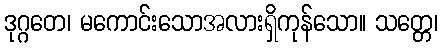
ဒုဂ္ဂတေ၊ မကောင်းသောအလားရှိကုန်သော။ သတ္တေ၊